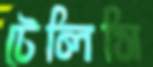
টেলিসি